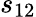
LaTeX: s_{12}